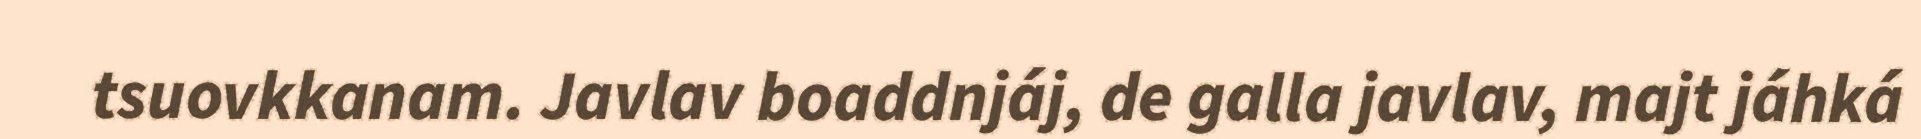
tsuovkkanam. Javlav boaddnjáj, de galla javlav, majt jáhká